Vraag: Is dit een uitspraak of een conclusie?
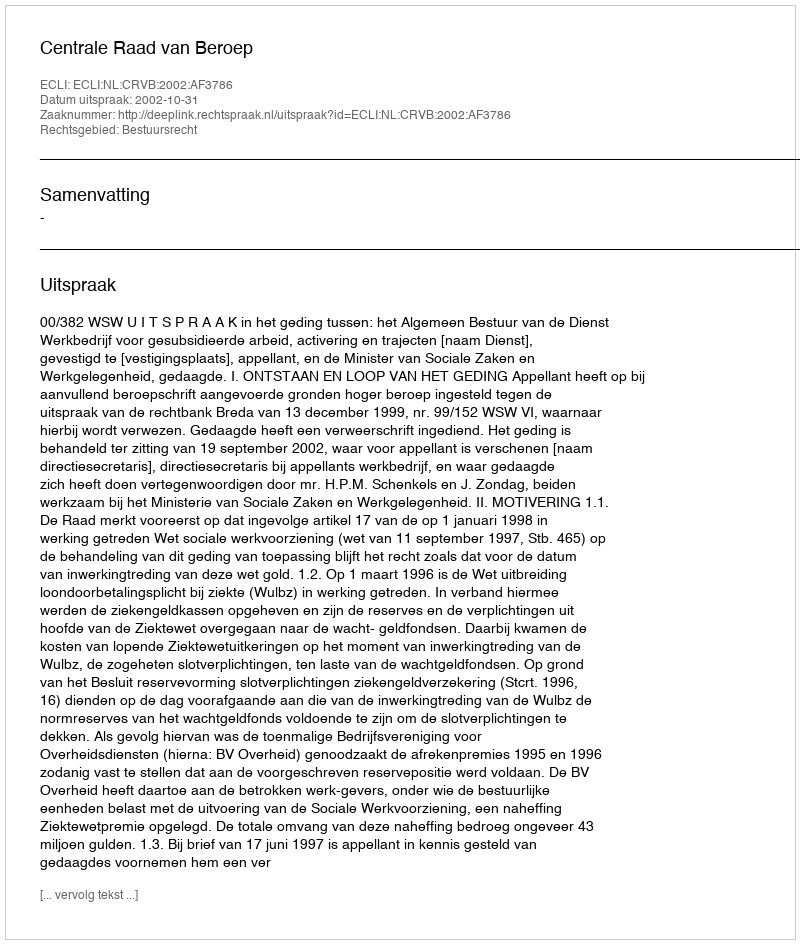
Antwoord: Uitspraak